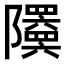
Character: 𬯦